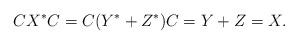
LaTeX: \begin{align*}CX^\ast C=C(Y^\ast+Z^\ast)C=Y+Z=X.\end{align*}